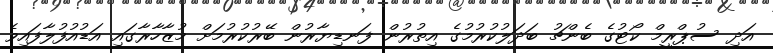
އަދި ސުޕްރީމް ކޯޓުގެ ބެންޗު ބަދަލުކުރުމުގެ އިތުރުން ފަނޑިޔާރުން ބޭރުކުރުމަށް މުޒާހާރާގައި އަޑުއުފުލާފައިވެ